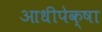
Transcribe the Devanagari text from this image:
आधीपेक्षा